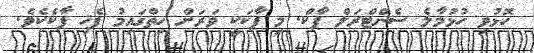
ހޮޅުވި ހުޅުމާލެ ސެންޓްރަލް ޕާކް. މި ޕާކަކީ ވަރަށް ހިތްގައިމު ފެހި ޕާކެކެވެ.